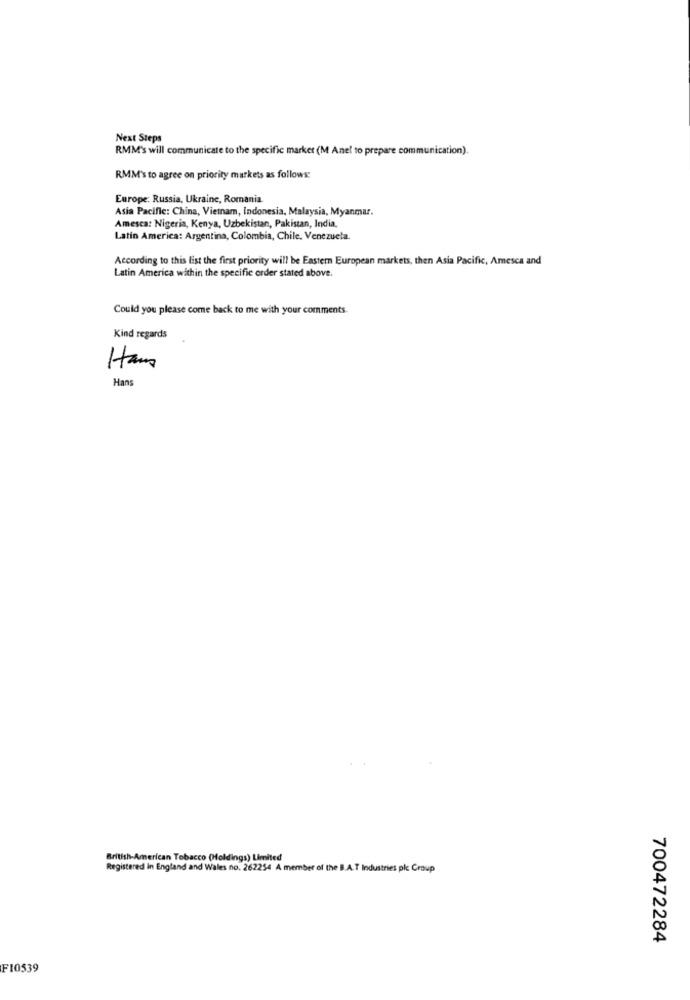
Next Steps
RMM's will communicate to the specific marker (M Anel to prepare communication).
RMM's to agree on priority markets as follows:
Europe: Russia, Ukraine, Romania.
Asia Pacific: China, Vietnam, Indonesia, Malaysia, Myanmar.
Amesca: Nigeria, Kenya, Uzbekistan, Pakistan, India,
Latin America: Argentina, Colombia, Chile, Venezuela.
According to this list the first priority will be Eastern European markets, then Asia Pacific, Amesca and
Latin America within the specific order stated above.
Could you please come back to me with your comments.
Kind regards
Ham
Hans
British-American Tobacco (Holdings) Limited
Registered in England and Wales no. 262254 A member of the B.A.T Industries pk Croup
700472284
F10539